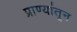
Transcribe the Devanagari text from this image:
प्राण्यांतून